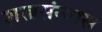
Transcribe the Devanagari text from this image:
शस्त्रसंन्यास